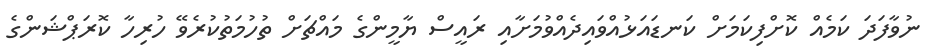
ނުވާފަދަ ކަމެއް ކޮށްފިކަމަށް ކަނޑައަޅުއްވައިދެއްވުމަށާއި ރައީސް ޔާމީންގެ މައްޗަށް ތުހުމަތުކުރެވޭ ހުރިހާ ކޮރަޕްޝަންގެ